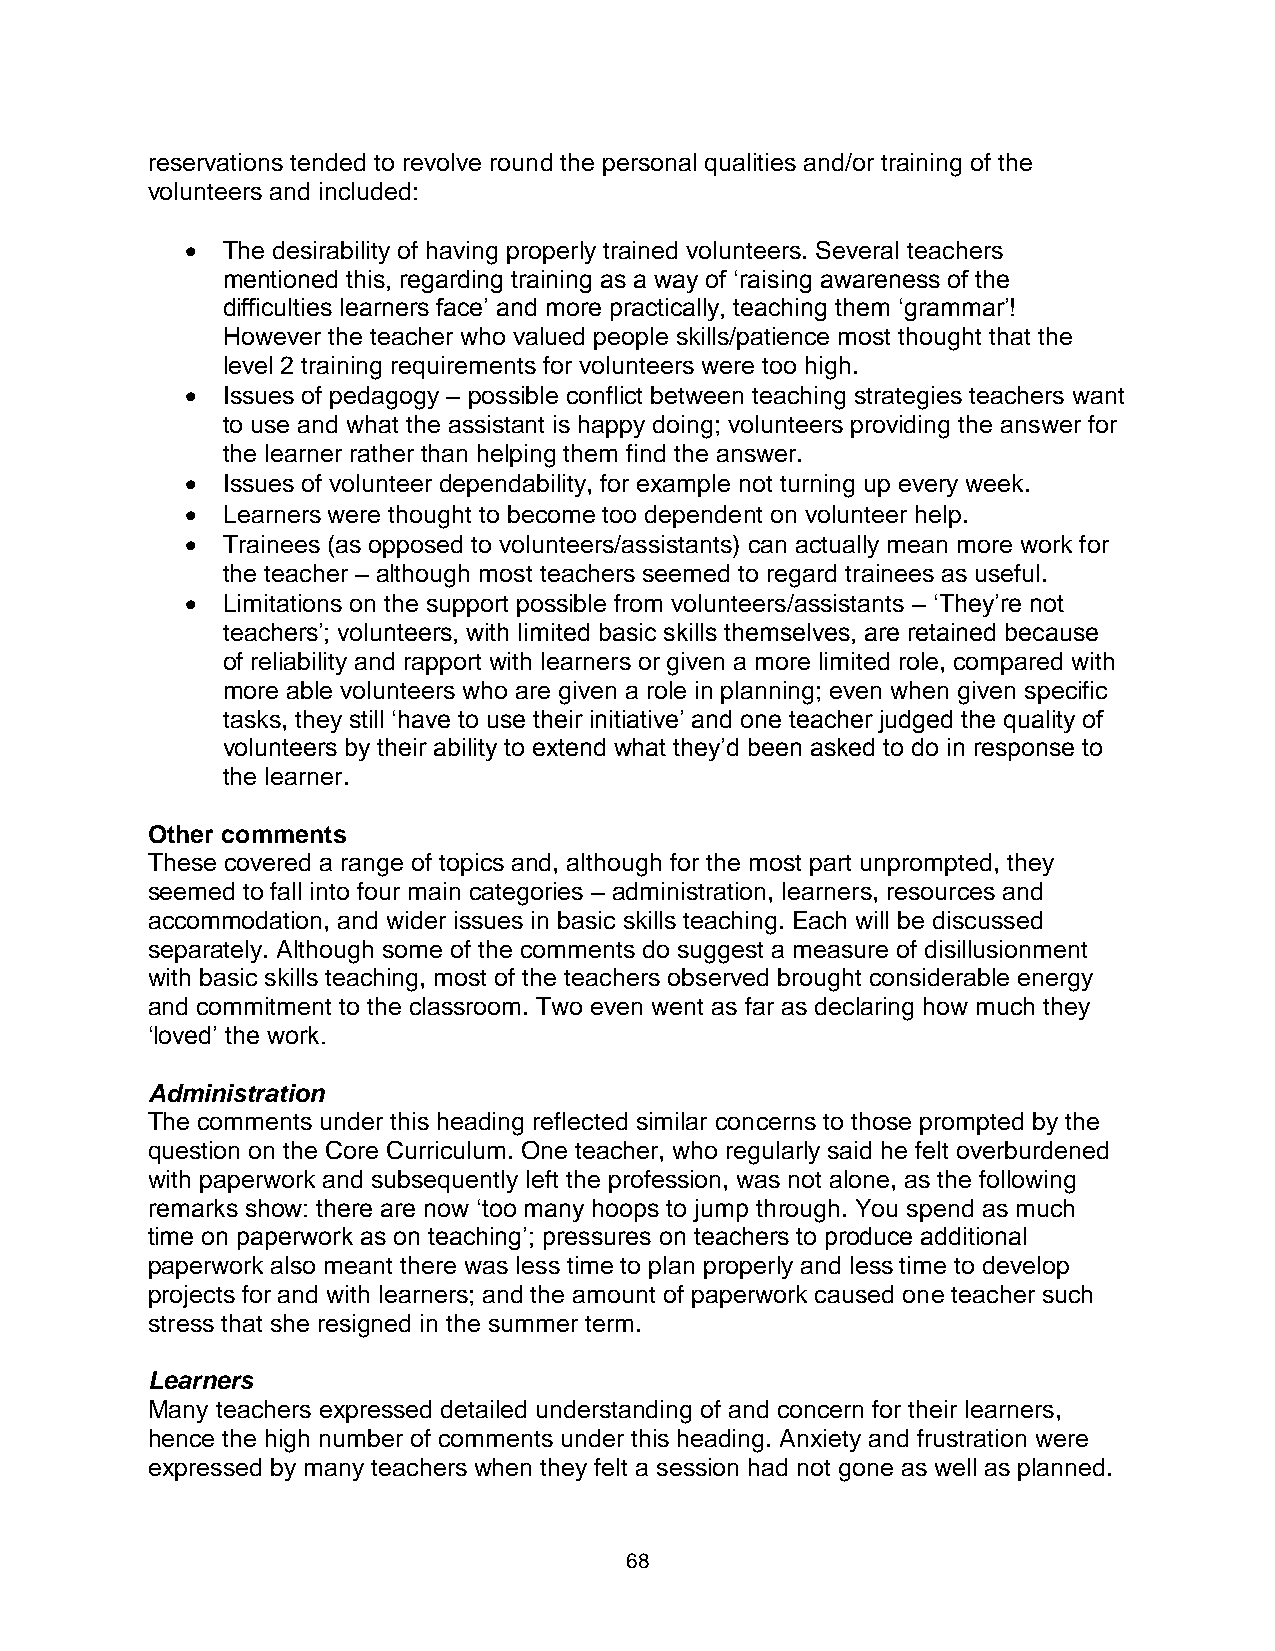
reservations tended to revolve round the personal qualities and/or training of the
 volunteers and included:
   The desirability of having properly trained volunteers. Several teachers
 mentioned this, regarding training as a way of ‘raising awareness of the
 difficulties learners face’ and more practically, teaching them ‘grammar’!
 However the teacher who valued people skills/patience most thought that the
 level 2 training requirements for volunteers were too high.
   Issues of pedagogy – possible conflict between teaching strategies teachers want
 to use and what the assistant is happy doing; volunteers providing the answer for
 the learner rather than helping them find the answer.
   Issues of volunteer dependability, for example not turning up every week.
   Learners were thought to become too dependent on volunteer help.
   Trainees (as opposed to volunteers/assistants) can actually mean more work for
 the teacher – although most teachers seemed to regard trainees as useful.
   Limitations on the support possible from volunteers/assistants – ‘They’re not
 teachers’; volunteers, with limited basic skills themselves, are retained because
 of reliability and rapport with learners or given a more limited role, compared with
 more able volunteers who are given a role in planning; even when given specific
 tasks, they still ‘have to use their initiative’ and one teacher judged the quality of
 volunteers by their ability to extend what they’d been asked to do in response to
 the learner.
 Other comments
 These covered a range of topics and, although for the most part unprompted, they
 seemed to fall into four main categories – administration, learners, resources and
 accommodation, and wider issues in basic skills teaching. Each will be discussed
 separately. Although some of the comments do suggest a measure of disillusionment
 with basic skills teaching, most of the teachers observed brought considerable energy
 and commitment to the classroom. Two even went as far as declaring how much they
 ‘loved’ the work.
 Administration
 The comments under this heading reflected similar concerns to those prompted by the
 question on the Core Curriculum. One teacher, who regularly said he felt overburdened
 with paperwork and subsequently left the profession, was not alone, as the following
 remarks show: there are now ‘too many hoops to jump through. You spend as much
 time on paperwork as on teaching’; pressures on teachers to produce additional
 paperwork also meant there was less time to plan properly and less time to develop
 projects for and with learners; and the amount of paperwork caused one teacher such
 stress that she resigned in the summer term.
 Learners
 Many teachers expressed detailed understanding of and concern for their learners,
 hence the high number of comments under this heading. Anxiety and frustration were
 expressed by many teachers when they felt a session had not gone as well as planned.
 68